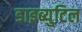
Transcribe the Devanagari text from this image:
डाइब्युटिल